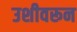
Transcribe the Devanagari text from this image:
उशीवरून